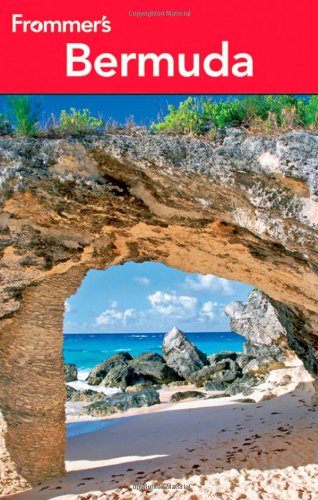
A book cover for Frommer's Bermuda (Frommer's Complete Guides); Darwin Porter; Travel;